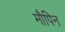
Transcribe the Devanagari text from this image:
मौपिन